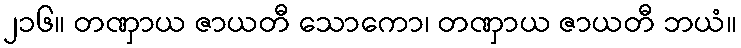
၂၁၆။ တဏှာယ ဇာယတီ သောကော၊ တဏှာယ ဇာယတီ ဘယံ။